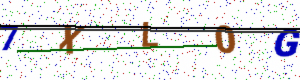
Text: 7XL0G